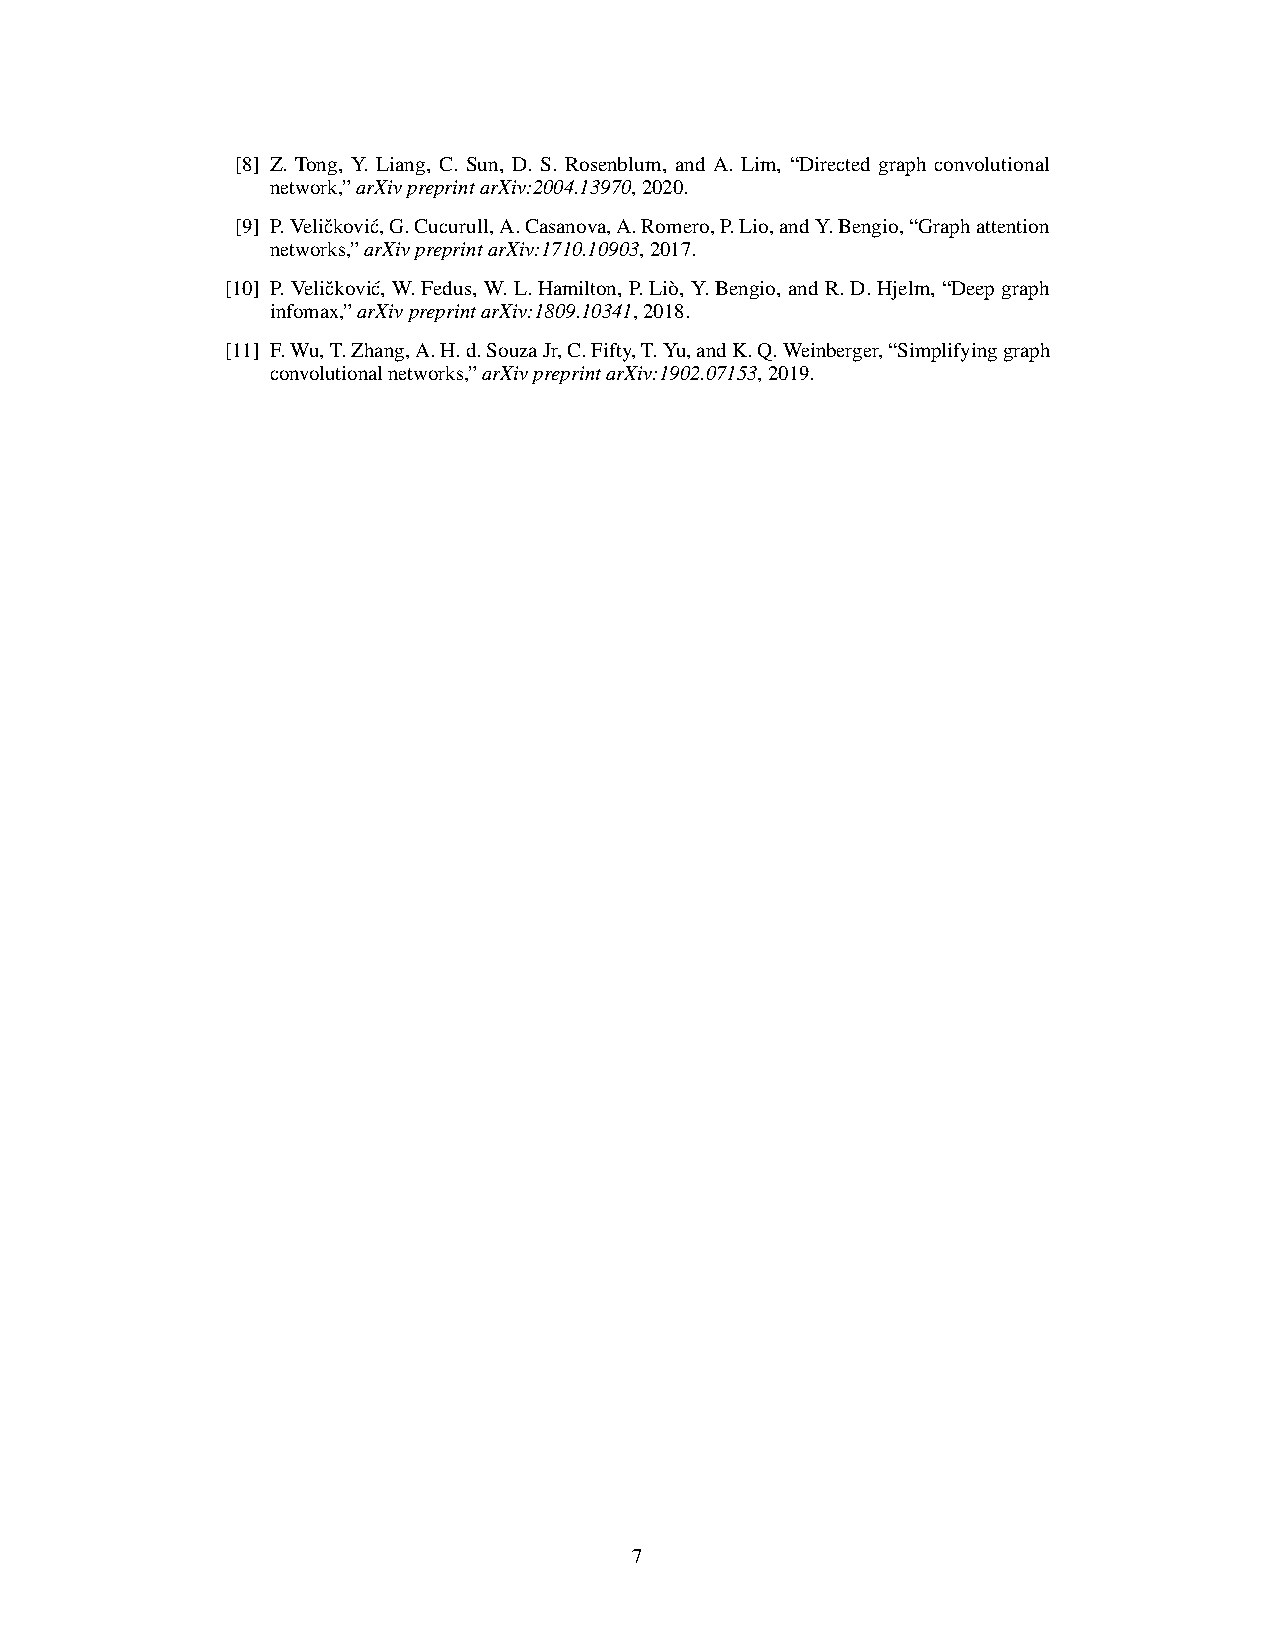
[8] Z. Tong, Y. Liang, C. Sun, D. S. Rosenblum, and A. Lim, “Directed graph convolutional
 network,”arXivpreprintarXiv:2004.13970,2020.
 [9] P.Velicˇkovic´,G.Cucurull,A.Casanova,A.Romero,P.Lio,andY.Bengio,“Graphattention
 networks,”arXivpreprintarXiv:1710.10903,2017.
 [10] P.Velicˇkovic´, W.Fedus, W.L.Hamilton, P.Liò, Y.Bengio, andR.D.Hjelm, “Deepgraph
 infomax,”arXivpreprintarXiv:1809.10341,2018.
 [11] F.Wu,T.Zhang,A.H.d.SouzaJr,C.Fifty,T.Yu,andK.Q.Weinberger,“Simplifyinggraph
 convolutionalnetworks,”arXivpreprintarXiv:1902.07153,2019.
 7